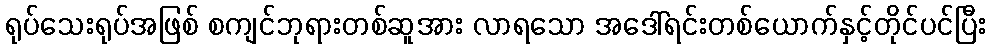
ရုပ်သေးရုပ်အဖြစ် စကျင်ဘုရားတစ်ဆူအား လာရသော အဒေါ်ရင်းတစ်ယောက်နှင့်တိုင်ပင်ပြီး